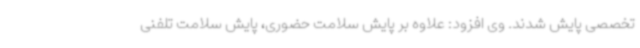
تخصصی پایش شدند. وی افزود: علاوه بر پایش سلامت حضوری، پایش سلامت تلفنی